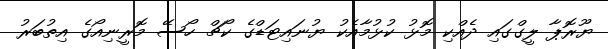
ޔޫރޮޕާ ލީގްގައި ދެއްކި މޮޅު ކުޅުމާއެކު ޔުނައިޓަޑްގެ ކޯޗް ހޯސޭ މޮރީނިއޯގެ އިތުބަރު